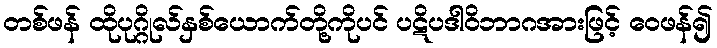
တစ်ဖန် ထိုပုဂ္ဂိုလ်နှစ်ယောက်တို့ကိုပင် ပဋိပဒါဝိဘာဂအားဖြင့် ဝေဖန်၍